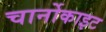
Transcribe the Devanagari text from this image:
चार्नोकाइट